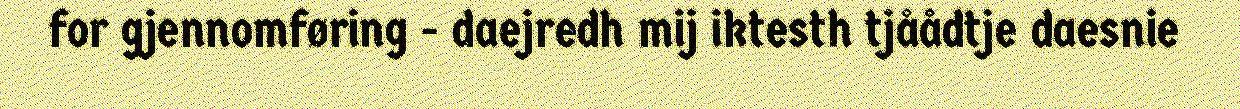
for gjennomføring - daejredh mij iktesth tjåådtje daesnie